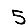
Digit: 5